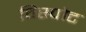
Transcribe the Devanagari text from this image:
विस्पोट